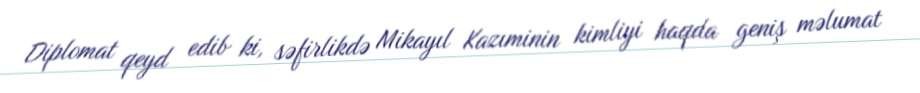
Diplomat qeyd edib ki, səfirlikdə Mikayıl Kazıminin kimliyi haqda geniş məlumat